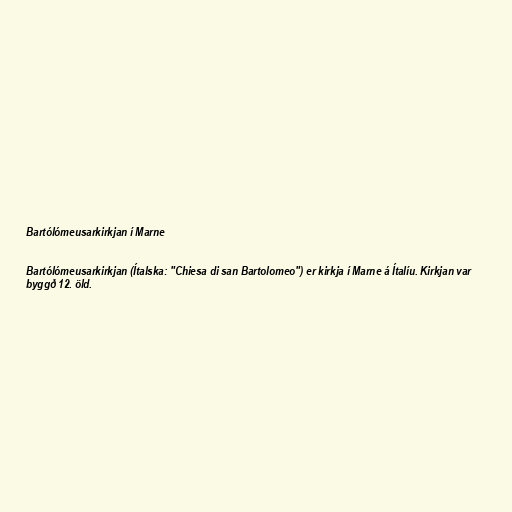
Bartólómeusarkirkjan í Marne

Bartólómeusarkirkjan (Ítalska: "Chiesa di san Bartolomeo") er kirkja í Marne á Ítalíu. Kirkjan var
byggð 12. öld.